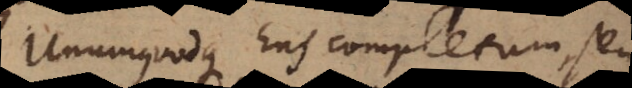
Unumquodque Ens completum, seu